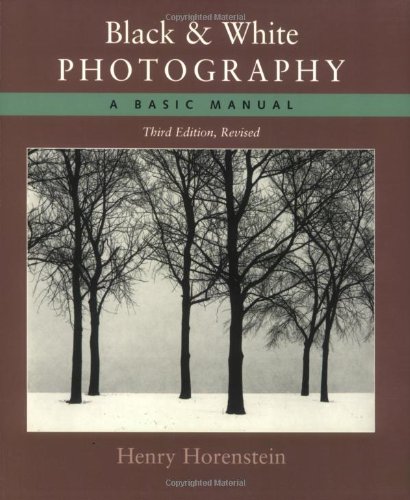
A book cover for Black and White Photography: A Basic Manual Third Revised Edition; Henry Horenstein; Arts & Photography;